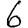
Digit: 6